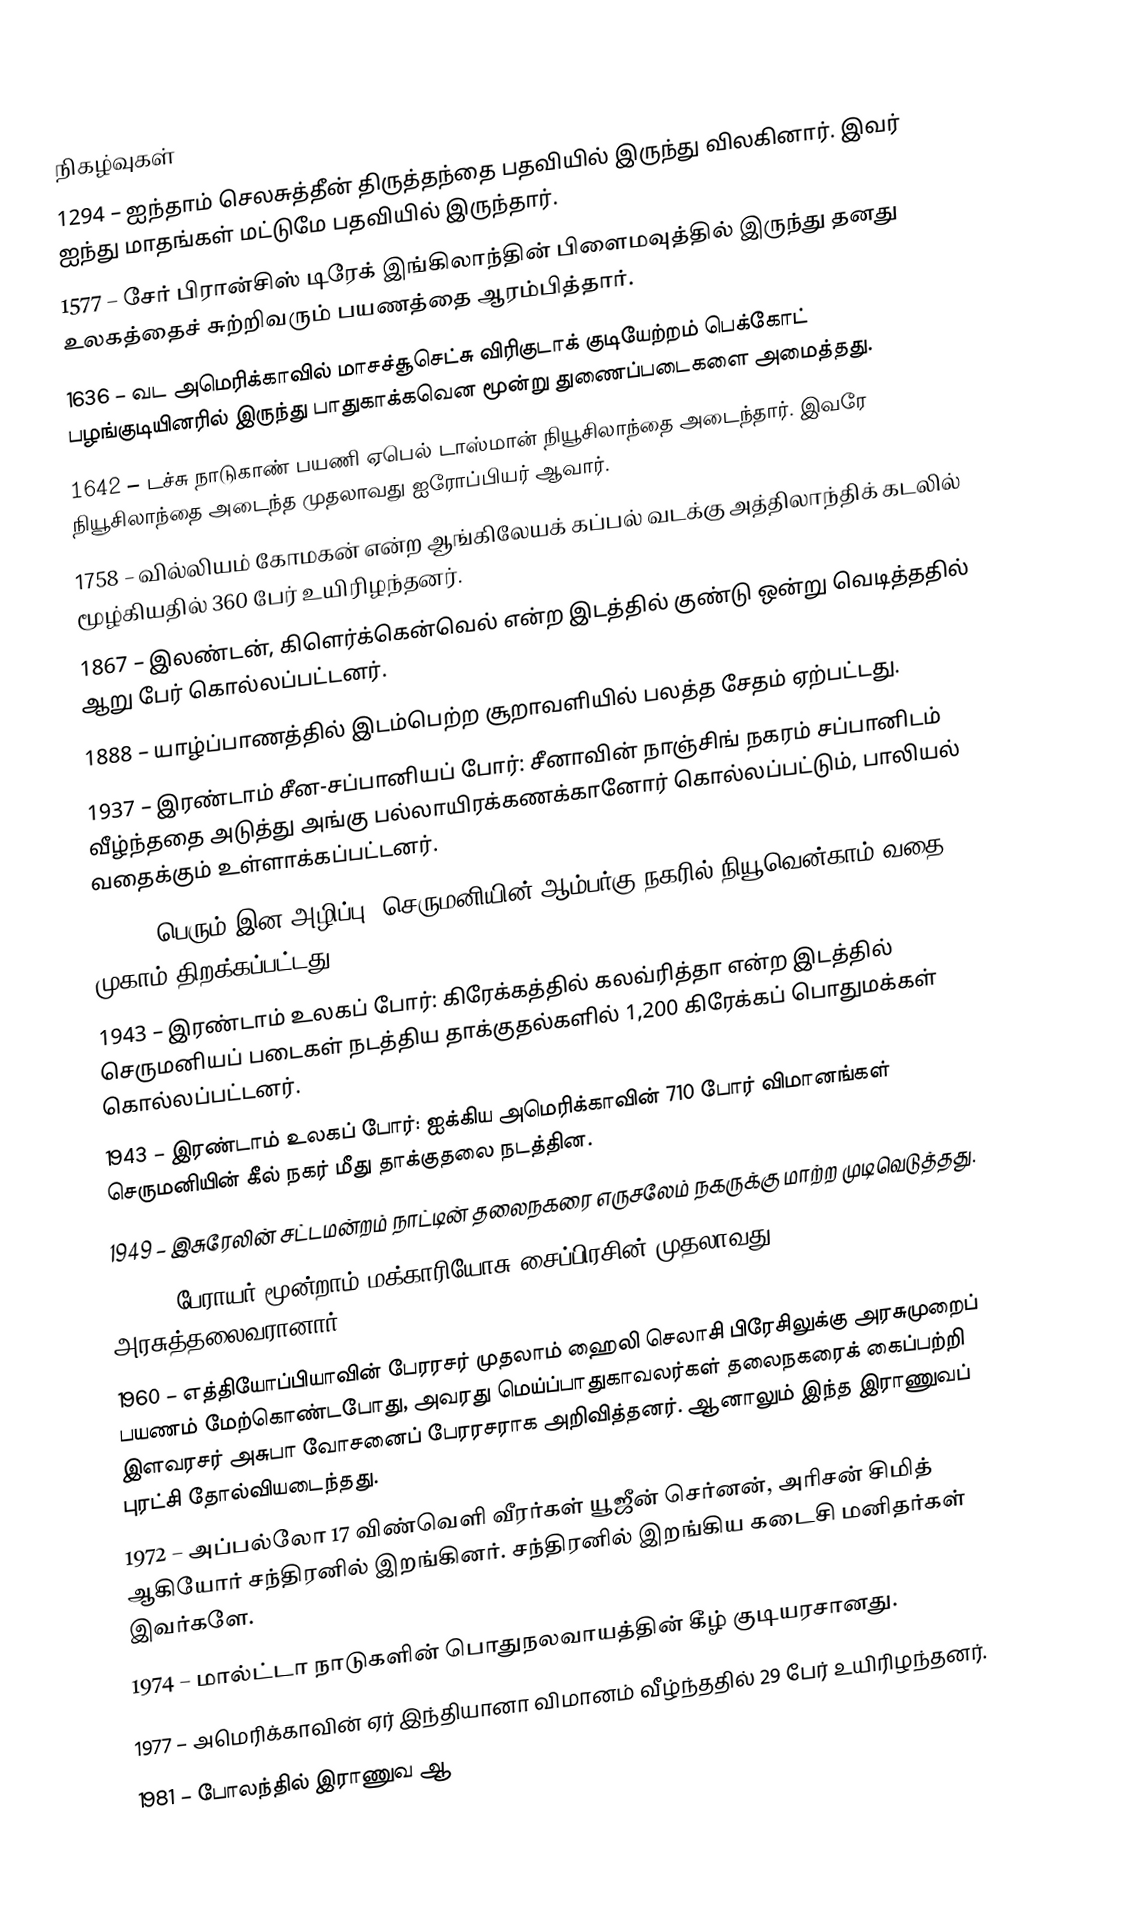

நிகழ்வுகள்
1294 – ஐந்தாம் செலசுத்தீன் திருத்தந்தை பதவியில் இருந்து விலகினார். இவர் ஐந்து மாதங்கள் மட்டுமே பதவியில் இருந்தார்.
1577 – சேர் பிரான்சிஸ் டிரேக் இங்கிலாந்தின் பிளைமவுத்தில் இருந்து தனது உலகத்தைச் சுற்றிவரும் பயணத்தை ஆரம்பித்தார்.
1636 – வட அமெரிக்காவில் மாசச்சூசெட்சு விரிகுடாக் குடியேற்றம் பெக்கோட் பழங்குடியினரில் இருந்து பாதுகாக்கவென மூன்று துணைப்படைகளை அமைத்தது.
1642 – டச்சு நாடுகாண் பயணி ஏபெல் டாஸ்மான் நியூசிலாந்தை அடைந்தார். இவரே நியூசிலாந்தை அடைந்த முதலாவது ஐரோப்பியர் ஆவார்.
1758 – வில்லியம் கோமகன் என்ற ஆங்கிலேயக் கப்பல் வடக்கு அத்திலாந்திக் கடலில் மூழ்கியதில் 360 பேர் உயிரிழந்தனர்.
1867 – இலண்டன், கிளெர்க்கென்வெல் என்ற இடத்தில் குண்டு ஒன்று வெடித்ததில் ஆறு பேர் கொல்லப்பட்டனர்.
1888 – யாழ்ப்பாணத்தில் இடம்பெற்ற சூறாவளியில் பலத்த சேதம் ஏற்பட்டது.
1937 – இரண்டாம் சீன-சப்பானியப் போர்: சீனாவின் நாஞ்சிங் நகரம் சப்பானிடம் வீழ்ந்ததை அடுத்து அங்கு பல்லாயிரக்கணக்கானோர் கொல்லப்பட்டும், பாலியல் வதைக்கும் உள்ளாக்கப்பட்டனர்.
1938 – பெரும் இன அழிப்பு: செருமனியின் ஆம்பர்கு நகரில் நியூவென்காம் வதை முகாம் திறக்கப்பட்டது.
1943 – இரண்டாம் உலகப் போர்: கிரேக்கத்தில் கலவ்ரித்தா என்ற இடத்தில் செருமனியப் படைகள் நடத்திய தாக்குதல்களில் 1,200 கிரேக்கப் பொதுமக்கள் கொல்லப்பட்டனர்.
1943 – இரண்டாம் உலகப் போர்: ஐக்கிய அமெரிக்காவின் 710 போர் விமானங்கள் செருமனியின் கீல் நகர் மீது தாக்குதலை நடத்தின.
1949 – இசுரேலின் சட்டமன்றம் நாட்டின் தலைநகரை எருசலேம் நகருக்கு மாற்ற முடிவெடுத்தது.
1959 – பேராயர் மூன்றாம் மக்காரியோசு சைப்பிரசின் முதலாவது அரசுத்தலைவரானார்.
1960 – எத்தியோப்பியாவின் பேரரசர் முதலாம் ஹைலி செலாசி பிரேசிலுக்கு அரசுமுறைப் பயணம் மேற்கொண்டபோது, அவரது மெய்ப்பாதுகாவலர்கள் தலைநகரைக் கைப்பற்றி இளவரசர் அசுபா வோசனைப் பேரரசராக அறிவித்தனர். ஆனாலும் இந்த இராணுவப் புரட்சி தோல்வியடைந்தது.
1972 – அப்பல்லோ 17 விண்வெளி வீரர்கள் யூஜீன் செர்னன், அரிசன் சிமித் ஆகியோர் சந்திரனில் இறங்கினர். சந்திரனில் இறங்கிய கடைசி மனிதர்கள் இவர்களே.
1974 – மால்ட்டா நாடுகளின் பொதுநலவாயத்தின் கீழ் குடியரசானது.
1977 – அமெரிக்காவின் ஏர் இந்தியானா விமானம் வீழ்ந்ததில் 29 பேர் உயிரிழந்தனர்.
1981 – போலந்தில் இராணுவ ஆ